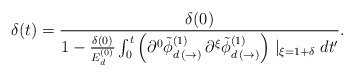
\begin{align*}\delta (t) = \frac{\delta (0)}{1 - \frac{\delta (0)}{E^{(0)}_{d}} \int_{0}^{t}\left( \partial^{0} \tilde{\phi}^{(1)}_{d \, (\rightarrow)}\, \partial^{\xi} \tilde{\phi}^{(1)}_{d \, (\rightarrow)} \right) \mid_{\xi = 1 + \delta}dt' }. \end{align*}